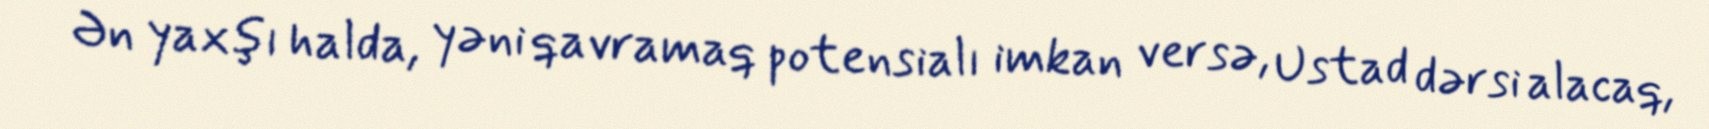
Ən yaxşı halda, yəni qavramaq potensialı imkan versə, Ustad dərsi alacaq,